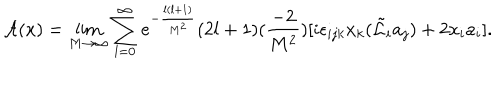
{ \cal A } ( x ) = \lim _ { M \rightarrow \infty } \sum _ { l = 0 } ^ { \infty } e ^ { - \frac { l ( l + 1 ) } { M ^ { 2 } } } ( 2 l + 1 ) ( \frac { - 2 } { M ^ { 2 } } ) [ i \epsilon _ { i j k } x _ { k } ( \tilde { \cal L } _ { i } a _ { j } ) + 2 x _ { i } a _ { i } ] .